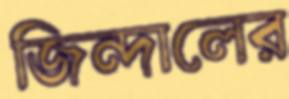
জিন্দালের